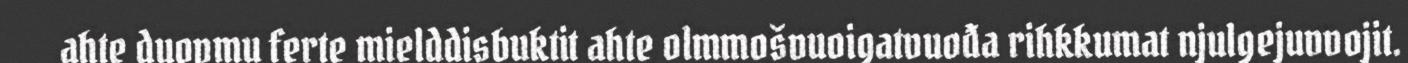
ahte duopmu ferte mielddisbuktit ahte olmmošvuoigatvuođa rihkkumat njulgejuvvojit.